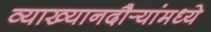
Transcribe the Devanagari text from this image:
व्याख्यानदौर्‍यांमध्ये